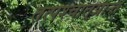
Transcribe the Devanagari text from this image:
तत्पश्‍चात्‌प्रान्त